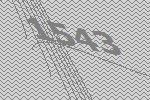
1543